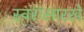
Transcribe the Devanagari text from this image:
स्वरांसारखे